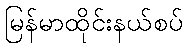
မြန်မာထိုင်းနယ်စပ်